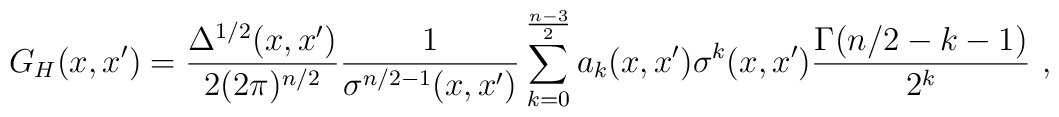
G_H(x,x')=\frac{\Delta^{1/2}(x,x')}{2(2\pi)^{n/2}}\frac1{\sigma^{n/2-1}(x,x')}\sum_{k=0}^{\frac{n-3}2}a_k(x,x')\sigma^k(x,x')\frac{\Gamma(n/2-k-1)}{2^k} \ ,